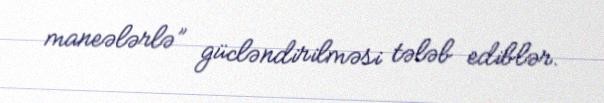
maneələrlə” gücləndirilməsi tələb ediblər.